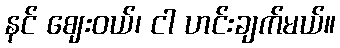
နင် ဈေးဝယ်၊ ငါ ဟင်းချက်မယ်။